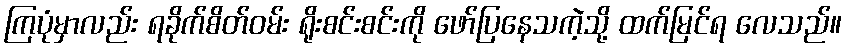
ကြပုံမှာလည်း ရခိုက်စိတ်ဝမ်း ရိုးစင်းစင်းကို ဖော်ပြနေသကဲ့သို့ ထက်မြင်ရ လေသည်။